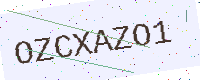
Text: OZCXAZO1